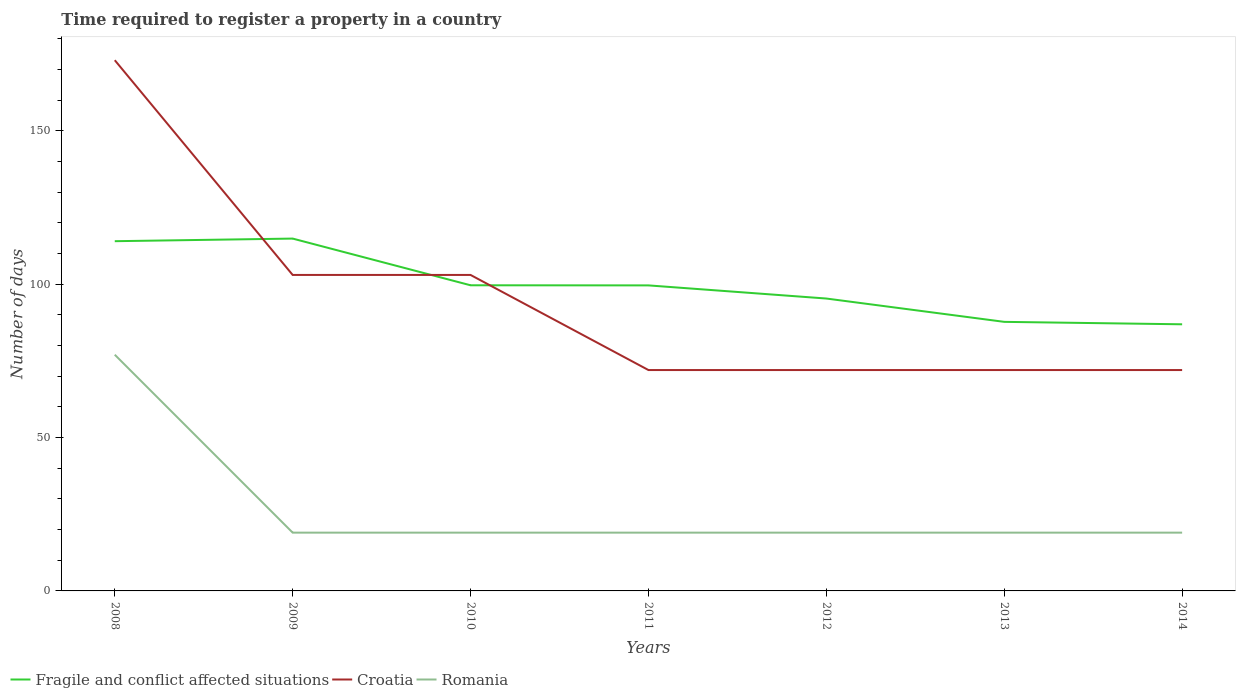
| Years | Fragile and conflict affected situations | Croatia | Romania |
 | --- | --- | --- | --- |
 | 2008 | 114 | 173 | 77 |
 | 2009 | 115 | 103 | 19 |
 | 2010 | 99.6 | 103 | 19 |
 | 2011 | 99.6 | 72 | 19 |
 | 2012 | 95.3 | 72 | 19 |
 | 2013 | 87.7 | 72 | 19 |
 | 2014 | 86.9 | 72 | 19 |